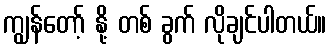
ကျွန်တော့် နို့ တစ် ခွက် လိုချင်ပါတယ်။